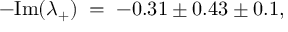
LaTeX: - \mathrm { I m } ( \lambda _ { + } ) \; = \; - 0 . 3 1 \pm 0 . 4 3 \pm 0 . 1 ,